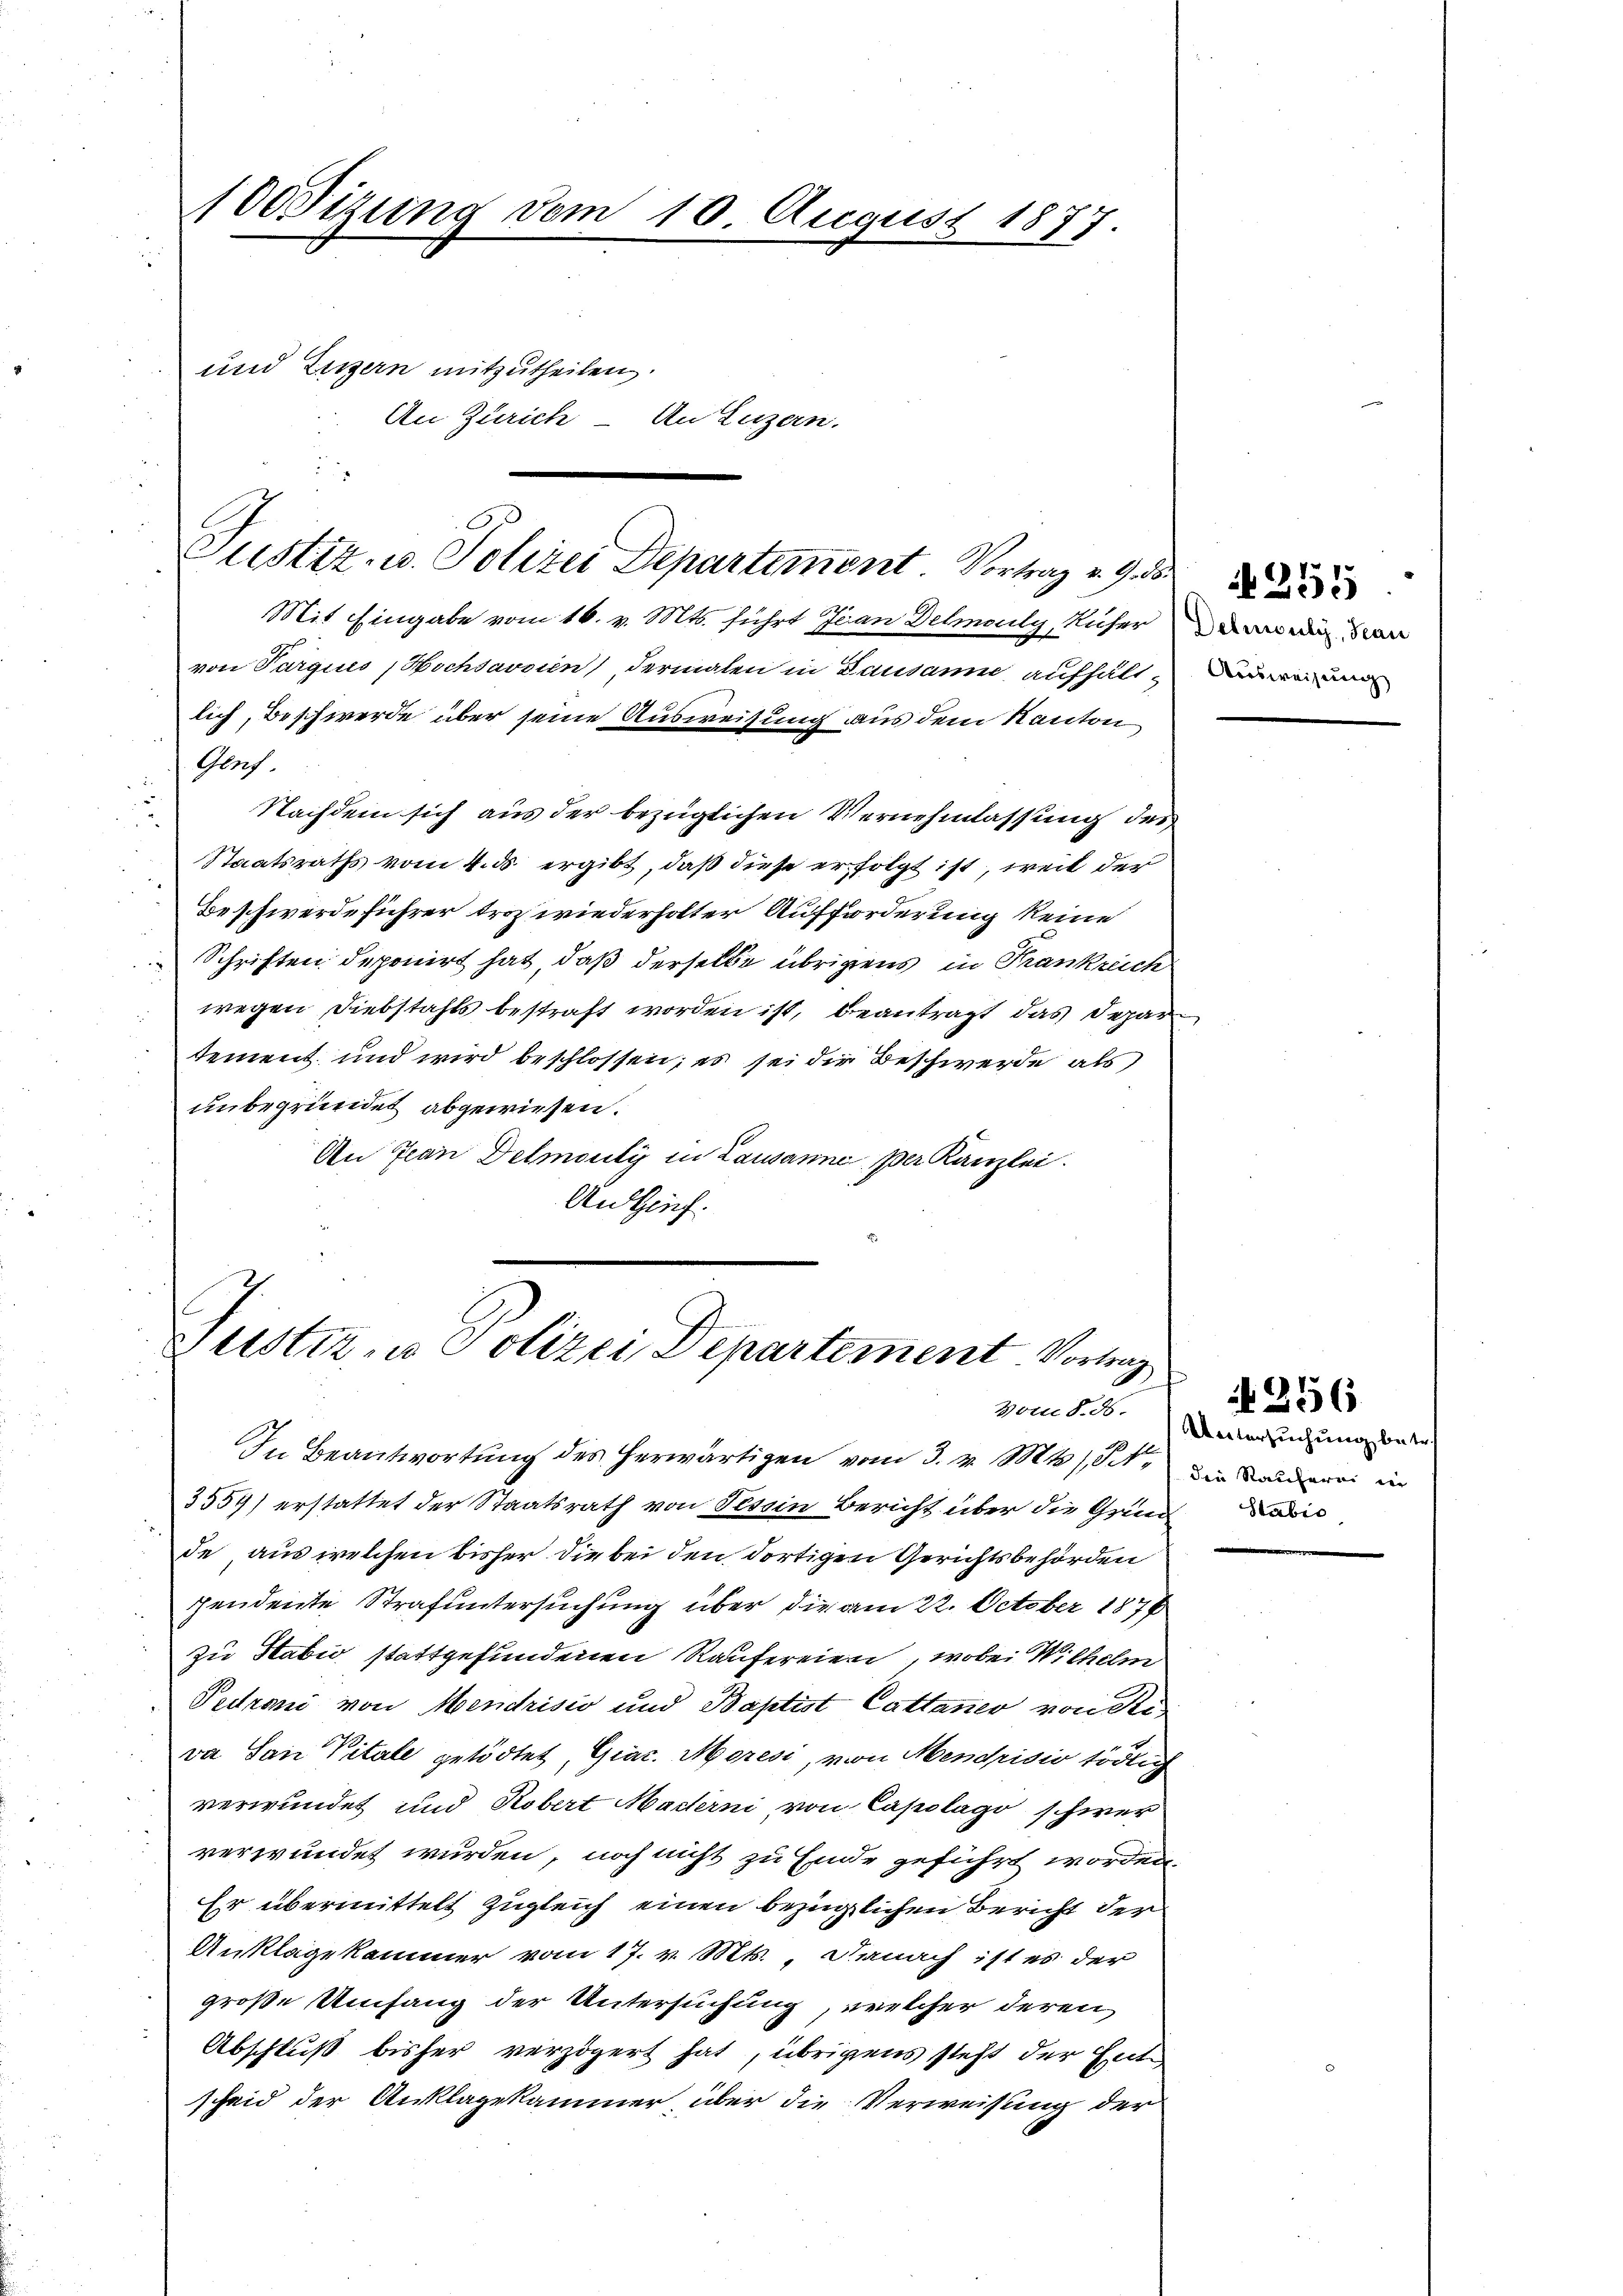
100sizung vom 10 August 1877.
Rennen

und Luzern mitzutheilen.
An Zürich – An Luzern.

H
Justiz- u. Polizei Departement Vortrag v. 9. d.

Tustiz- u Polizei Departement. Vortrag
Vom §. 86.

Mit Eingabe vom 16. v. Mts. führt Ivan Delmauly, Rucher erweig dan
von Parques, Hochdavaien, dermalen in Lausanne aufhält-Denen und
lich, Beschwerde über seine Ausweisung aus dem Kanton
i
Genf
Nachdem sich aus der bezüglichen Vernehmlassung des
Staatsraths vom 4. ds. ergibt, daß diese erfolgt ist, weil der
Beschwerdeführer troz wiederholter Aufforderung keine
Schriften deponirt hat, daß derselbe übrigens in Trankreich
wegen Diebstahls bestraft worden ist, beantragt das Depar
tement und wird beschlossen; es sei die Beschwerde als
unbegründet abgewiesen.
An Jean Delmouty in Lausanne, per Kanzlei.
An Zif.

In Beantwortung des herwärtigen vom 3. v. Mts. S.
3559) erstattet der Staatsrath von Tessin Bericht über die Grund das
de aus welchen bisher die bei den dortigen Gerichtsbehörden
pendente Strafuntersuchung über die am 22. October 1876
zu Sabić stattgefundenen Raufereien, wobei Wilhelm
Pedrani von Mendrisio und Baptist Cattaner von See
va San Vitale getödtet, Giac. Moresi, von Mendrisio tödlig
verwundet und Robert Macterni von Capolago schwer
verwundet wurden, noch nicht zu Einde geführt worden,
Er übermittelt zugleich einen bezüglichen Bericht der
Anklagekammer vom 17. v. Mts., Danach ist es der
große Umfang der Untersuchung, welcher deren
Abschluß bisher verzögert hat, übrigens steht der Entscheid der Anklagekammer über die Verweisung der

24255

Untersuchung betr
die Raufern in

356